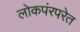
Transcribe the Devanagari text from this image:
लोकपंरपरेत